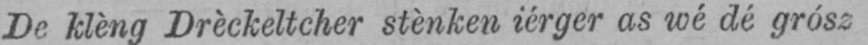
De klèng Drèckeltcher stènken iérger as wé dé grósz